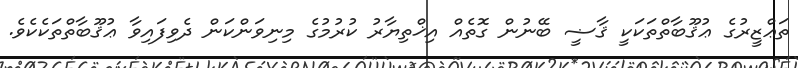
ތަޢްޒީރުގެ ޢުޤޫބާތްތަކަކީ ޤާޟީ ބޭނުން ގޮތެއް އިޚްތިޔާރު ކުރުމުގެ މިނިވަންކަން ދެވިފައިވާ ޢުޤޫބާތްތަކެކެވެ.